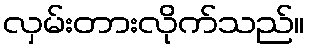
လှမ်းတားလိုက်သည်။